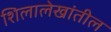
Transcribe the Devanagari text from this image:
शिलालेखांतील